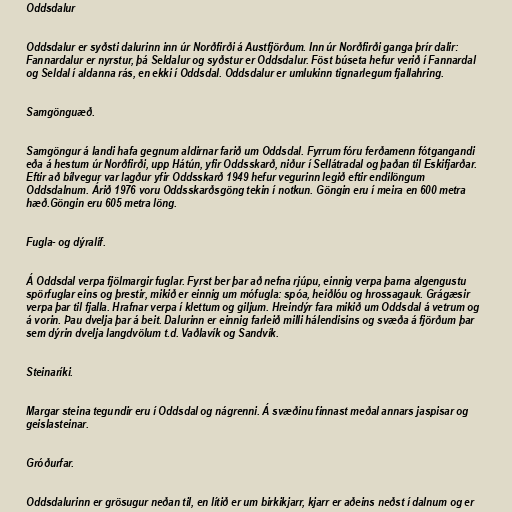
Oddsdalur

Oddsdalur er syðsti dalurinn inn úr Norðfirði á Austfjörðum. Inn úr Norðfirði ganga þrír dalir:
Fannardalur er nyrstur, þá Seldalur og syðstur er Oddsdalur. Föst búseta hefur verið í Fannardal
og Seldal í aldanna rás, en ekki í Oddsdal. Oddsdalur er umlukinn tignarlegum fjallahring.

Samgönguæð.

Samgöngur á landi hafa gegnum aldirnar farið um Oddsdal. Fyrrum fóru ferðamenn fótgangandi
eða á hestum úr Norðfirði, upp Hátún, yfir Oddsskarð, niður í Sellátradal og þaðan til Eskifjarðar.
Eftir að bílvegur var lagður yfir Oddsskarð 1949 hefur vegurinn legið eftir endilöngum
Oddsdalnum. Árið 1976 voru Oddsskarðsgöng tekin í notkun. Göngin eru í meira en 600 metra
hæð.Göngin eru 605 metra löng.

Fugla- og dýralíf.

Á Oddsdal verpa fjölmargir fuglar. Fyrst ber þar að nefna rjúpu, einnig verpa þarna algengustu
spörfuglar eins og þrestir, mikið er einnig um mófugla: spóa, heiðlóu og hrossagauk. Grágæsir
verpa þar til fjalla. Hrafnar verpa í klettum og giljum. Hreindýr fara mikið um Oddsdal á vetrum og
á vorin. Þau dvelja þar á beit. Dalurinn er einnig farleið milli hálendisins og svæða á fjörðum þar
sem dýrin dvelja langdvölum t.d. Vaðlavík og Sandvík.

Steinaríki.

Margar steina tegundir eru í Oddsdal og nágrenni. Á svæðinu finnast meðal annars jaspisar og
geislasteinar.

Gróðurfar.

Oddsdalurinn er grösugur neðan til, en lítið er um birkikjarr, kjarr er aðeins neðst í dalnum og er